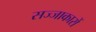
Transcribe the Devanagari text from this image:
सज्जाकारों